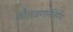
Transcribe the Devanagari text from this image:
कौलजणाननिर्णय